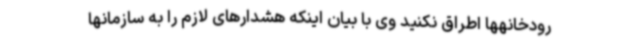
رودخانهها اطراق نکنید وی با بیان اینکه هشدارهای لازم را به سازمانها